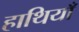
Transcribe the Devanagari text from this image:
हाथियाँ